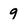
Character: 9